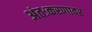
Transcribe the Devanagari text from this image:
अंतःकरणावर